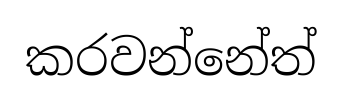
කරවන්නේත්